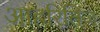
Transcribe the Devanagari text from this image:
आहरितिज